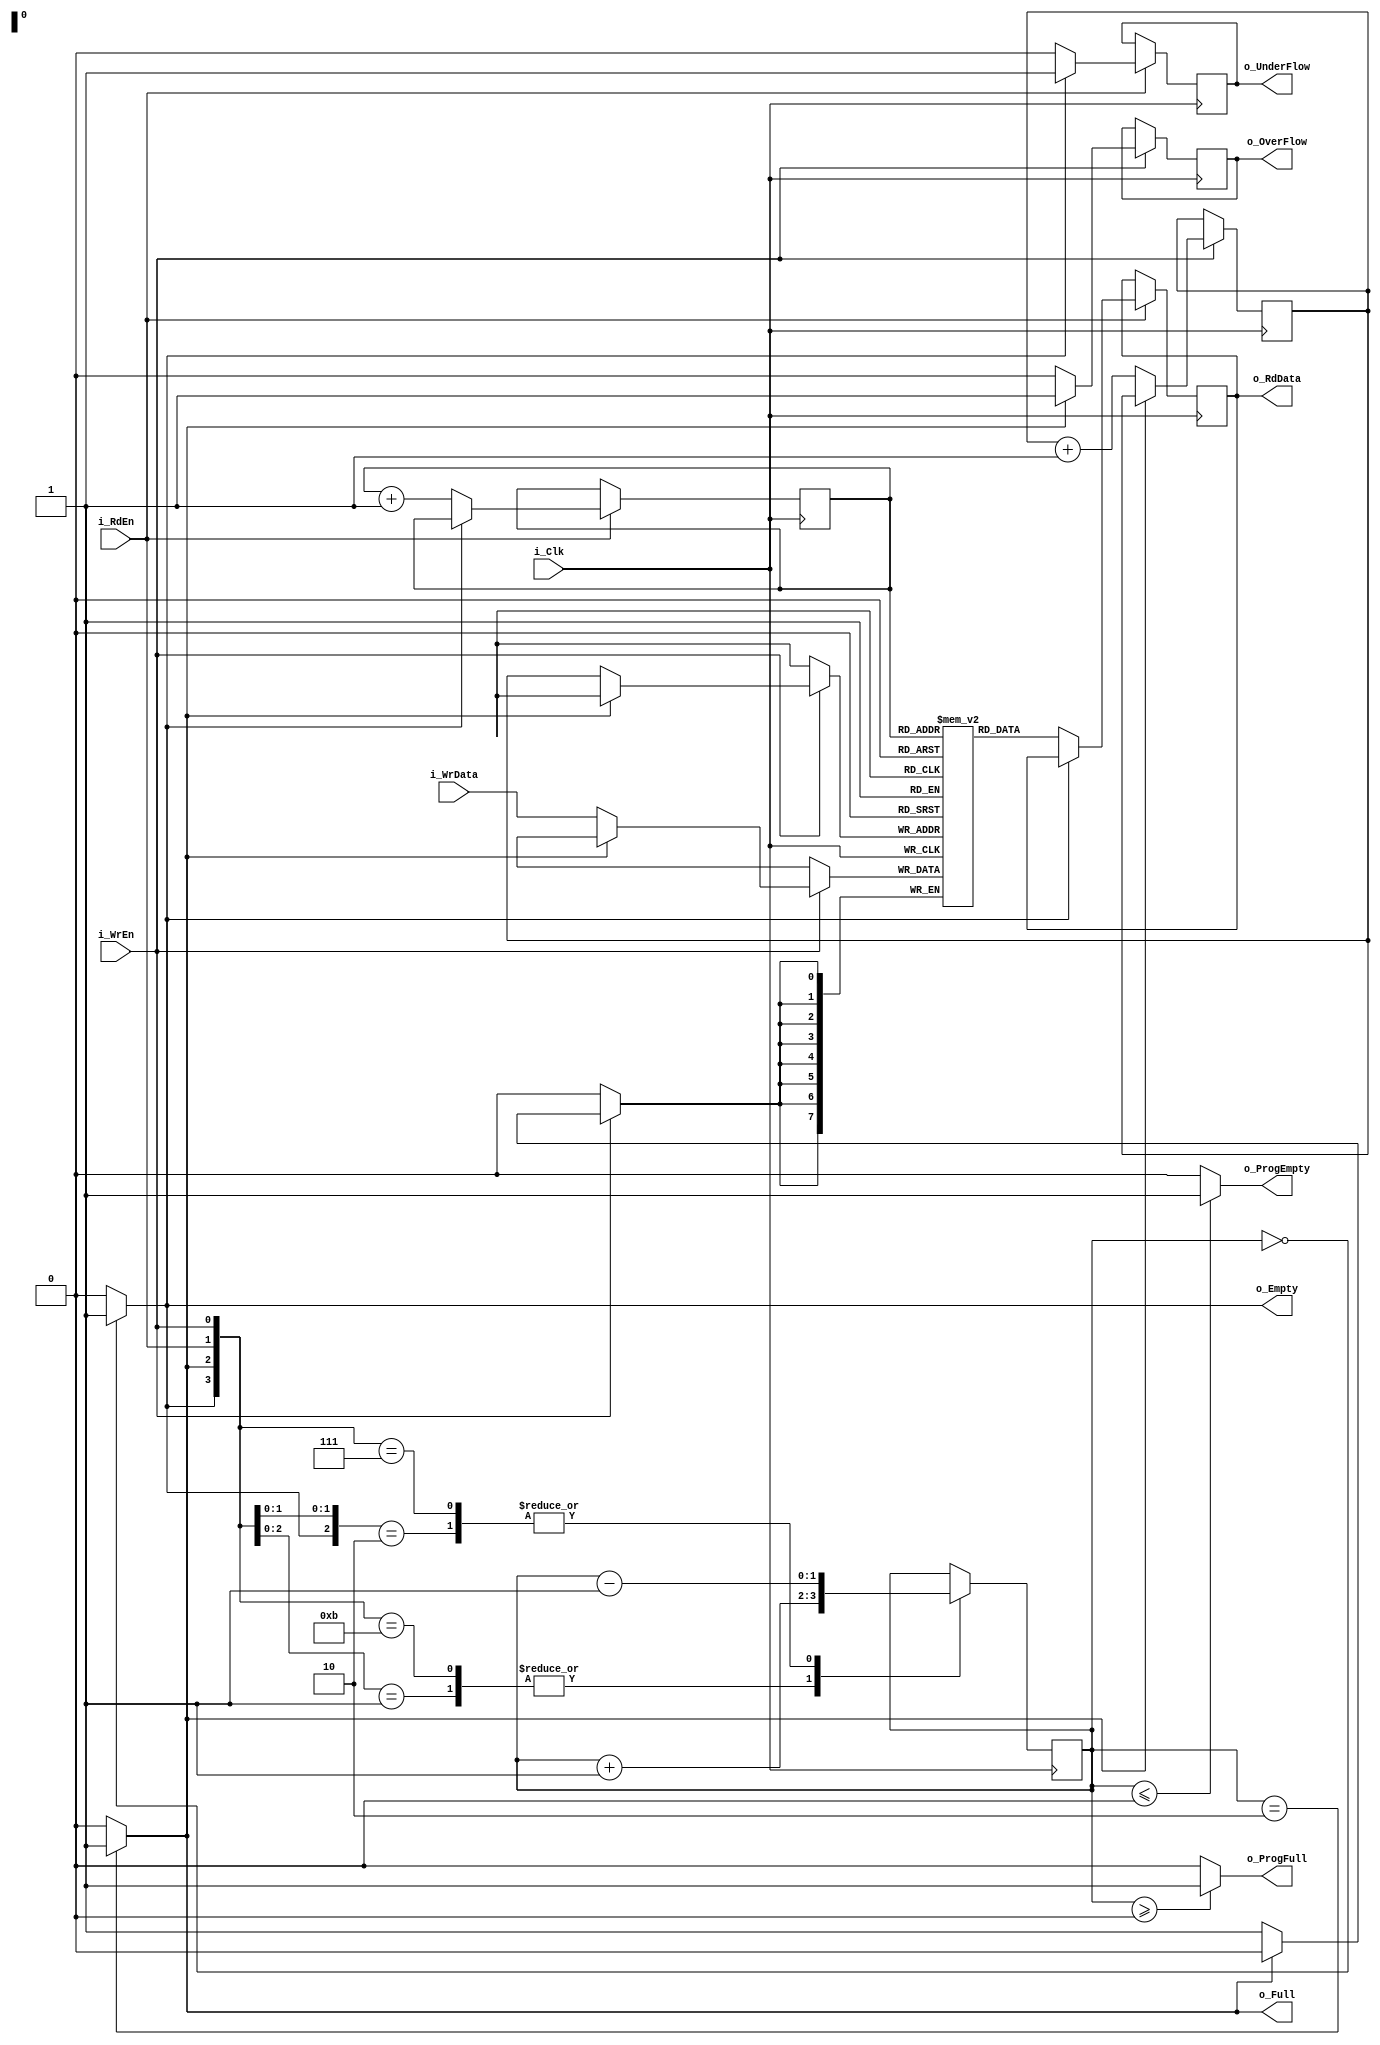
`timescale 1ns / 1ps

module FIFO#(
        parameter FWFT = "FALSE",
        parameter PROG_FULL_TRESHOLD = 0,
        parameter PROG_EMPTY_TRESHOLD = 0,
        parameter WIDTH = 8,
        parameter DEPTH = 2
    )(
        input i_Clk,
        
        input i_WrEn,
        input [WIDTH-1:0]i_WrData,

        input i_RdEn,
        output reg [WIDTH-1:0]o_RdData,

        output o_Full,
        output o_Empty,
        output o_ProgFull,
        output o_ProgEmpty,
        output reg o_OverFlow,
        output reg o_UnderFlow
    );
    //Fifo ram
    reg [WIDTH-1:0]r_RAM[DEPTH-1:0];

    //Write and read pointer
    reg [$clog2(DEPTH)-1:0]r_WrPointer = 0;
    reg [$clog2(DEPTH)-1:0]r_RdPointer = 0;

    reg [$clog2(DEPTH):0]r_Count = 0;

    assign o_Full = (r_Count == DEPTH)? 1 : 0;
    assign o_Empty = (r_Count == 0)? 1 : 0;

    assign o_ProgFull = (r_Count >= PROG_FULL_TRESHOLD)? 1: 0;
    assign o_ProgEmpty = (r_Count <= PROG_EMPTY_TRESHOLD)? 1: 0;

    integer i;
    initial begin
        o_RdData = 0;

        o_OverFlow = 0;
        o_UnderFlow = 0;

        //Initalize the FIFO ram to all zeros
        for(i = 0; i < DEPTH; i = i + 1)begin
            r_RAM[i] = 0;
        end
    end

    always @(posedge i_Clk) begin
        if(i_WrEn)begin
            if(o_Full)begin
                o_OverFlow <= 1;
            end else begin
                o_OverFlow <= 0;
                r_WrPointer <= r_WrPointer + 1;
                r_RAM[r_WrPointer] <= i_WrData;
            end
        end

        if(FWFT == "TRUE")begin
            o_RdData <= r_RAM[r_RdPointer]; 
            
            if(i_RdEn)begin
                if(o_Empty)begin
                    o_UnderFlow <= 1;
                end else begin
                    o_UnderFlow <= 0;
                    r_RdPointer <= r_RdPointer + 1;
                end
            end
        end else if (FWFT == "FALSE") begin
            if(i_RdEn)begin
                if(o_Empty)begin
                    o_UnderFlow <= 1;
                end else begin
                    o_UnderFlow <= 0;
                    r_RdPointer <= r_RdPointer + 1;
                    o_RdData <= r_RAM[r_RdPointer]; 
                end
            end
        end

        casex ({o_Empty, o_Full, i_RdEn, i_WrEn})
            4'bx001: r_Count <= r_Count + 1; //Write
            4'b0x10: r_Count <= r_Count - 1; //Read
            4'b0011: r_Count <= r_Count;     //Write and Read
            4'b1011: r_Count <= r_Count + 1; //Write (Read failed due to empty)
            4'b0111: r_Count <= r_Count - 1; //Read (Write failed due to full)
            default: r_Count <= r_Count;
        endcase
    end
endmodule